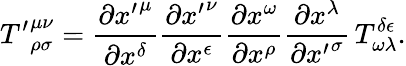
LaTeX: {T^{\prime}}_{\rho\sigma}^{\mu\nu}=\frac{\partial{x^{\prime}}^{\mu}}{\partial x^{\delta}}\frac{\partial{x^{\prime}}^{\nu}}{\partial x^{\epsilon}}\frac{\partial x^{\omega}}{\partial x^{\rho}}\frac{\partial x^{\lambda}}{\partial{x^{\prime}}^{\sigma}}\, T_{\omega\lambda}^{\delta\epsilon}.